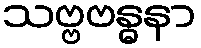
သဗ္ဗဗန္ဓနာ